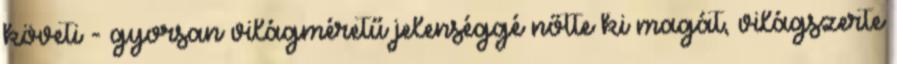
követi - gyorsan világméretű jelenséggé nőtte ki magát, világszerte